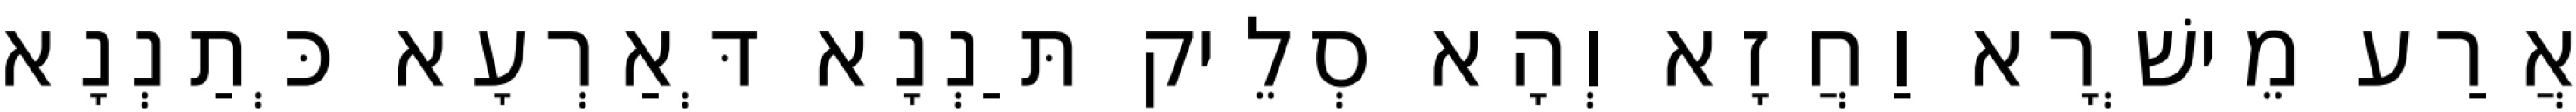
אֲרַע מֵישְׁרָא וַחֲזָא וְהָא סְלֵיק תַּנְנָא דְּאַרְעָא כְּתַנְנָא